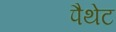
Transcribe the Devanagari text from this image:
पैथेट